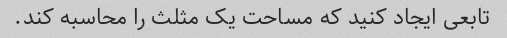
تابعی ایجاد کنید که مساحت یک مثلث را محاسبه کند.